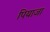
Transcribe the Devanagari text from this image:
पियाजा